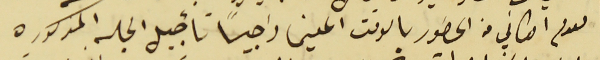
لعدم امكاني من الحضور بالوقت المعين راجياً تأجيل الجلسه المذكوره